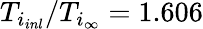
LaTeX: T_{i_{inl}}/T_{i_{\infty}}=1.606